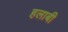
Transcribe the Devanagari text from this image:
हलाबी